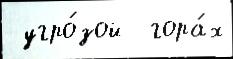
 угро́зой  гора́х